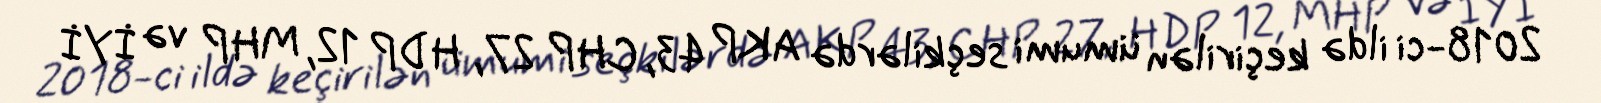
2018-ci ildə keçirilən ümumi seçkilərdə AKP 43, CHP 27, HDP 12, MHP və İYİ